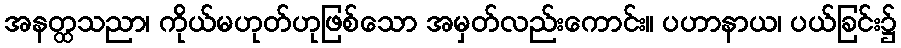
အနတ္ထသညာ၊ ကိုယ်မဟုတ်ဟုဖြစ်သော အမှတ်လည်းကောင်း။ ပဟာနာယ၊ ပယ်ခြင်း၌